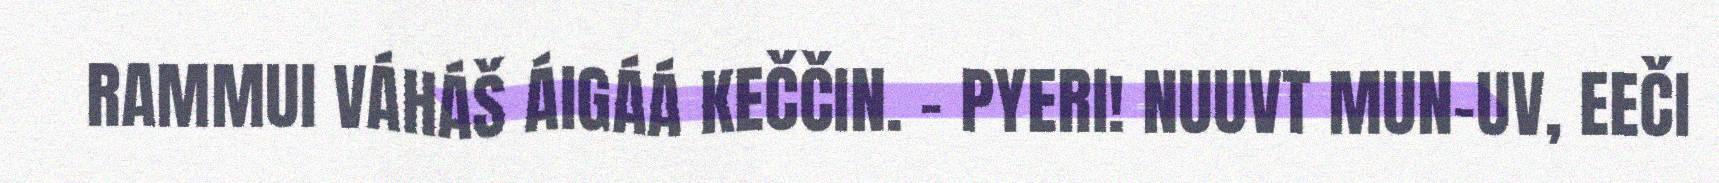
RAMMUI VÁHÁŠ ÁIGÁÁ KEČČIN. - PYERI! NUUVT MUN-UV, EEČI